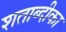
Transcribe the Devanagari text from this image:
शताब्दीका